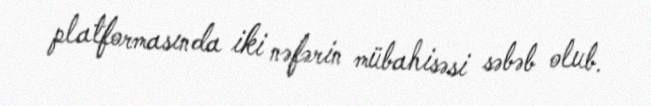
platformasında iki nəfərin mübahisəsi səbəb olub.